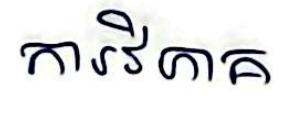
ការវិភាគ